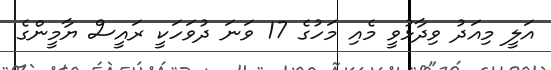
އަލީ މިއަދު ވިދާޅުވީ މެއި މަހުގެ 17 ވަނަ ދުވަހަކީ ރައީސް ޔާމީންގެ